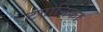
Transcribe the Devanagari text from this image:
टंगानिका